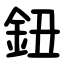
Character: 鈕